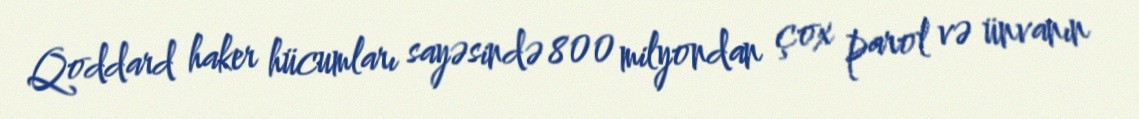
Qoddard haker hücumları sayəsində 800 milyondan çox parol və ünvanın